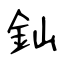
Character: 𨥉